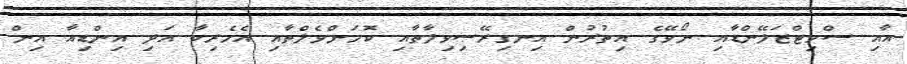
އާއި ސްވިޓްޒަލޭންޑާއި ނޯވޭގެ އިތުރުން އިނގިރޭސިވިލާތާއި ކޮމަންވެލްތާއި އެމެރިކާ އަދި އިންޑިއާ އިން